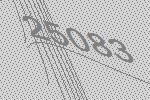
25083